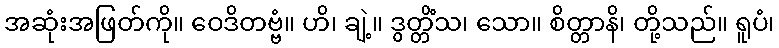
အဆုံးအဖြတ်ကို။ ဝေဒိတဗ္ဗံ။ ဟိ၊ ချဲ့။ ဒွတ္တိံသ၊ သော။ စိတ္တာနိ၊ တို့သည်။ ရူပံ၊